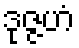
ဒုဇ္ဇဟံ